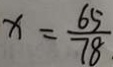
x = \frac { 6 5 } { 7 8 }